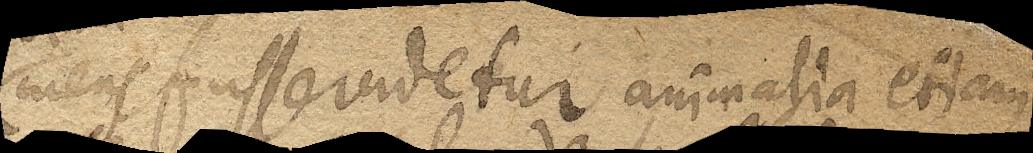
mens fuisse videtur animalia etiam